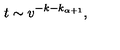
t \sim v ^ { - k - k _ { \alpha + 1 } } ,